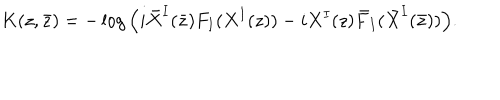
K ( z , \bar { z } ) = - \log \Big ( i \bar { X } ^ { I } ( \bar { z } ) F _ { I } ( X ^ { I } ( z ) ) - i X ^ { I } ( z ) \bar { F } _ { I } ( \bar { X } ^ { I } ( \bar { z } ) ) \Big ) .